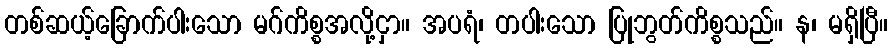
တစ်ဆယ့်ခြောက်ပါးသော မဂ်ကိစ္စအလို့ငှာ။ အပရံ၊ တပါးသော ပြုဘွတ်ကိစ္စသည်။ န၊ မရှိပြီ။